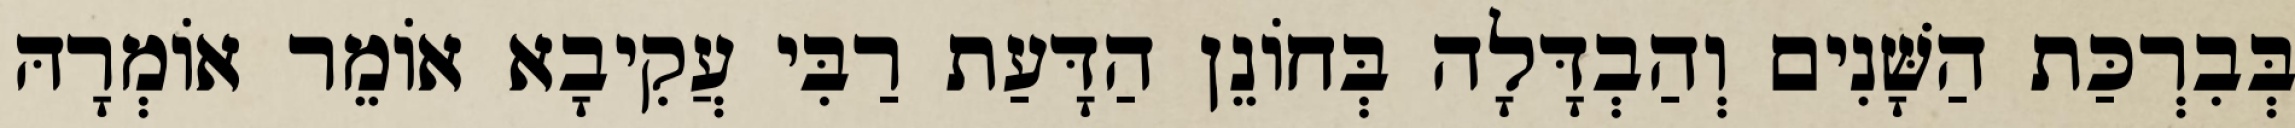
בְּבִרְכַּת הַשָּׁנִים וְהַבְדָּלָה בְּחוֹנֵן הַדָּעַת רַבִּי עֲקִיבָא אוֹמֵר אוֹמְרָהּ